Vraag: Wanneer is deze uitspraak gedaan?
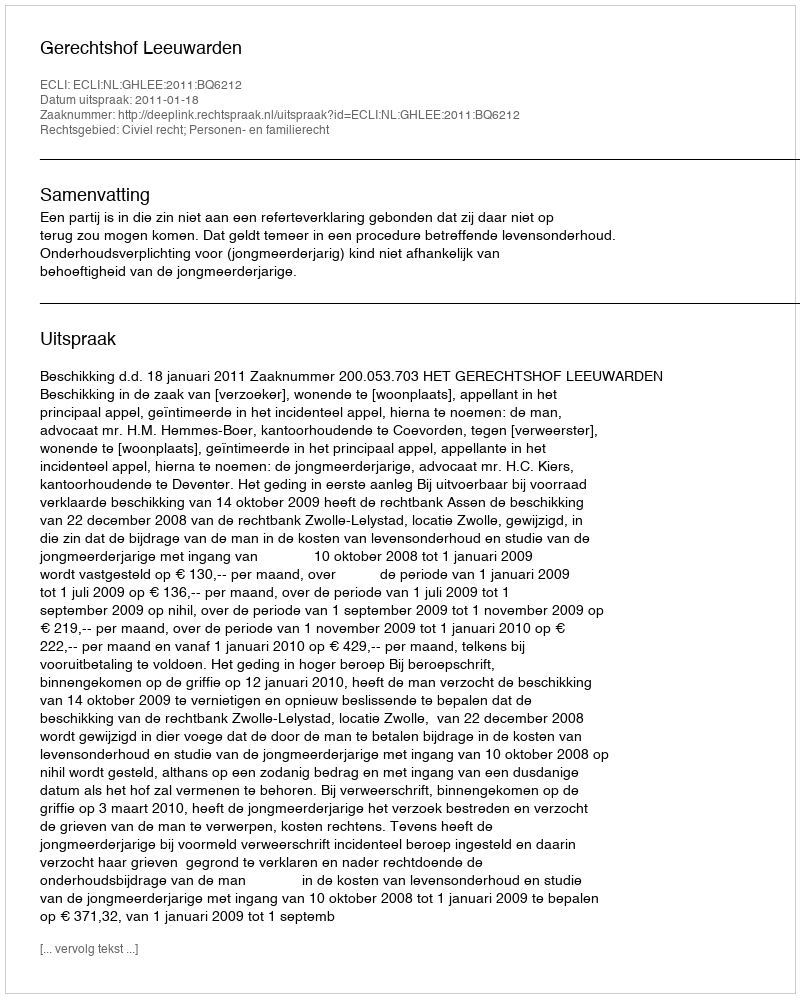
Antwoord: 2011-01-18